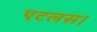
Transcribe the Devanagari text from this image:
एटलस।